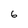
Character: 6